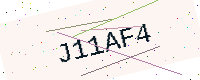
Text: J11AF4